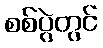
စစ်ပွဲတွင်